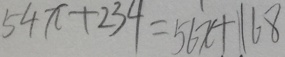
5 4 x + 2 3 4 = 5 6 x + 1 6 8